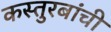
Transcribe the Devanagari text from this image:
कस्तुरबांची